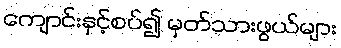
ကျောင်းနှင့်စပ်၍ မှတ်သားဖွယ်များ